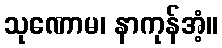
သုဏောမ၊ နာကုန်အံ့။